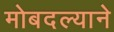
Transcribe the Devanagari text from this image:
मोबदल्याने